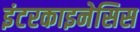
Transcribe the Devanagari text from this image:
इंटरकाइनेसिस